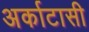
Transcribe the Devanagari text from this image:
अर्काटासी